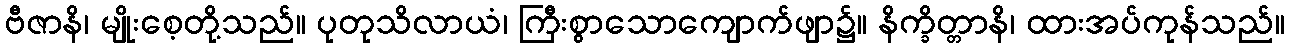
ဗီဇာနိ၊ မျိုးစေ့တို့သည်။ ပုတုသိလာယံ၊ ကြီးစွာသောကျောက်ဖျာ၌။ နိက္ခိတ္တာနိ၊ ထားအပ်ကုန်သည်။